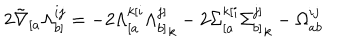
2 \tilde { \nabla } _ { [ a } \Lambda _ { b ] } ^ { i j } = - 2 \Lambda _ { [ a } ^ { k [ i } { \Lambda _ { b ] } ^ { j ] } } _ { k } - 2 { \Sigma _ { [ a } ^ { k [ i } } { \Sigma _ { b ] } ^ { j ] } } _ { k } - \Omega _ { a b } ^ { i j }